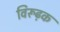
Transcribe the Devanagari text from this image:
विरूढ़क